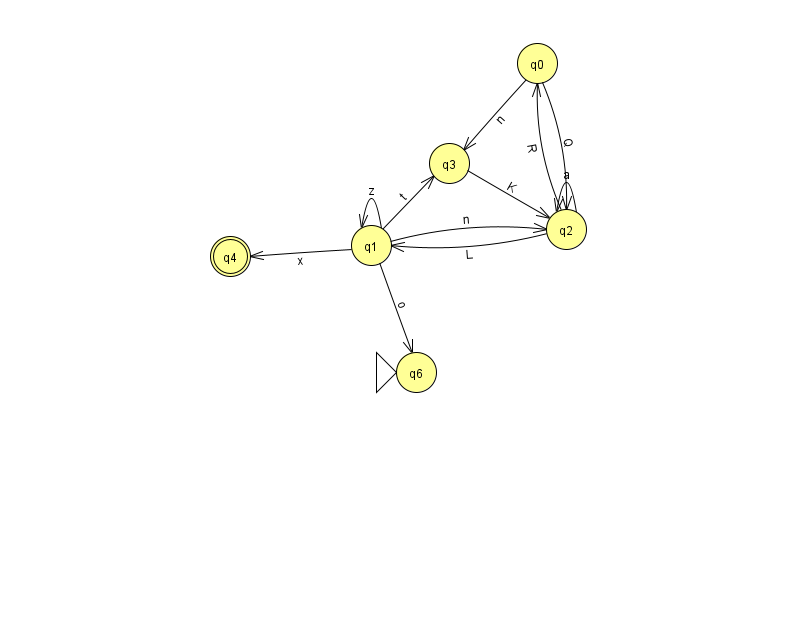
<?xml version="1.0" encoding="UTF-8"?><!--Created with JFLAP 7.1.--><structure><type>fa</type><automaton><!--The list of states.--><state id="0" name="q0"><x>537.0</x><y>50.0</y></state><state id="1" name="q1"><x>371.0</x><y>232.0</y></state><state id="2" name="q2"><x>566.0</x><y>216.0</y></state><state id="3" name="q3"><x>449.0</x><y>150.0</y></state><state id="4" name="q4"><x>230.0</x><y>243.0</y><final/></state><state id="6" name="q6"><x>416.0</x><y>359.0</y><initial/></state><!--The list of transitions.--><transition><from>2</from><to>2</to><read>a</read></transition><transition><from>1</from><to>4</to><read>x</read></transition><transition><from>0</from><to>3</to><read>n</read></transition><transition><from>1</from><to>3</to><read>t</read></transition><transition><from>2</from><to>0</to><read>R</read></transition><transition><from>3</from><to>2</to><read>K</read></transition><transition><from>1</from><to>1</to><read>z</read></transition><transition><from>0</from><to>2</to><read>Q</read></transition><transition><from>2</from><to>1</to><read>L</read></transition><transition><from>1</from><to>2</to><read>n</read></transition><transition><from>1</from><to>6</to><read>o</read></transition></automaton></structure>